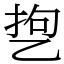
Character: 㐝